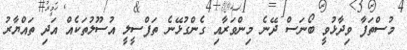
މުސްތަފާ ވިދާޅުވީ ބޯނަސް ދޭނެ މިންވަރާއި ގެންގުޅޭނެ ތަފްސީލީ އުސޫލުތަކެއް އަދި ތައްޔާރު